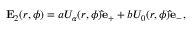
{ \bf E } _ { 2 } ( r , \phi ) = a U _ { \alpha } ( r , \phi ) { \bf \hat { e } } _ { + } + b U _ { 0 } ( r , \phi ) { \bf \hat { e } } _ { - } ,